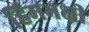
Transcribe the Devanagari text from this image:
हिमभक्षी